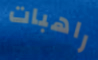
راهبات